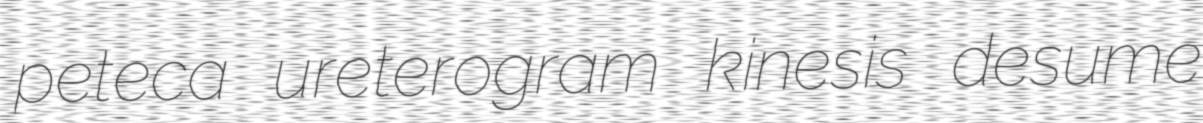
peteca ureterogram kinesis desume